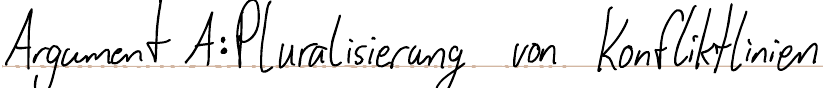
Argument A: Pluralisierung von Konfliktlinien